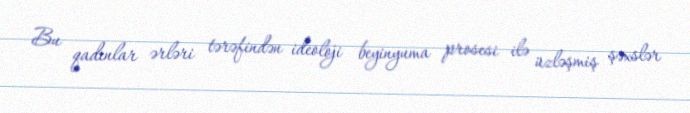
Bu qadınlar ərləri tərəfindən ideoloji beyinyuma prosesi ilə üzləşmiş şəxslər